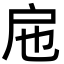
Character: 㦾